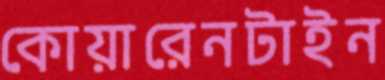
কোয়ারেনটাইন